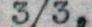
3/3,